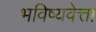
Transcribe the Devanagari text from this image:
भविष्यवेत्ता